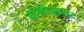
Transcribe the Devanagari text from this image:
बॉलीवूडनट